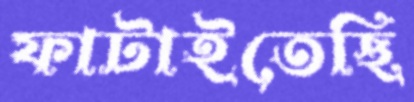
ফাটাইতেছি